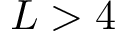
L > 4